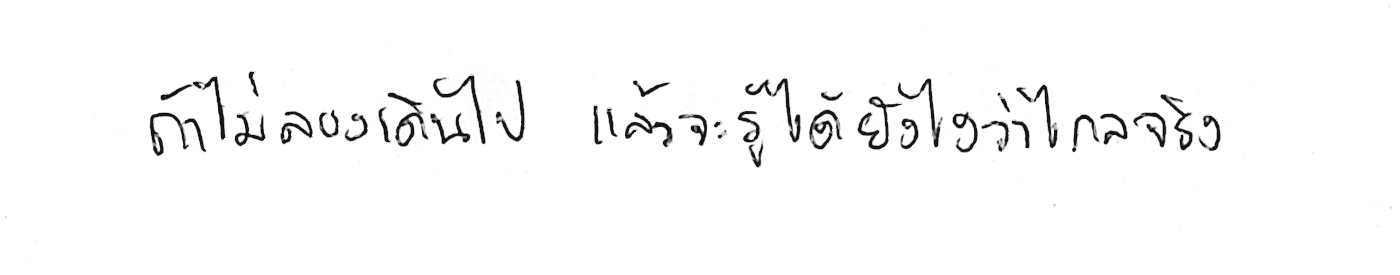
ถ้าไม่ลองเดินไป แล้วจะรู้ได้ยังไงว่าไกลจริง